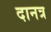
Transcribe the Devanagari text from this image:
दानत्र